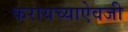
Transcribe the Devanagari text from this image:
करायच्याऐवजी